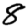
Digit: 8